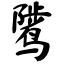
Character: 骘